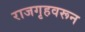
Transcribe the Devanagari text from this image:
राजगृहवरून